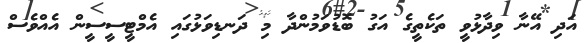
އަދި އޭނާ ވިދާޅުވީ ތަކެތީގެ އަގު ބޮޑުވަމުންދާ މި ދަނޑިވަޅުގައި އެމްޓީސީސީން އެއްވެސް